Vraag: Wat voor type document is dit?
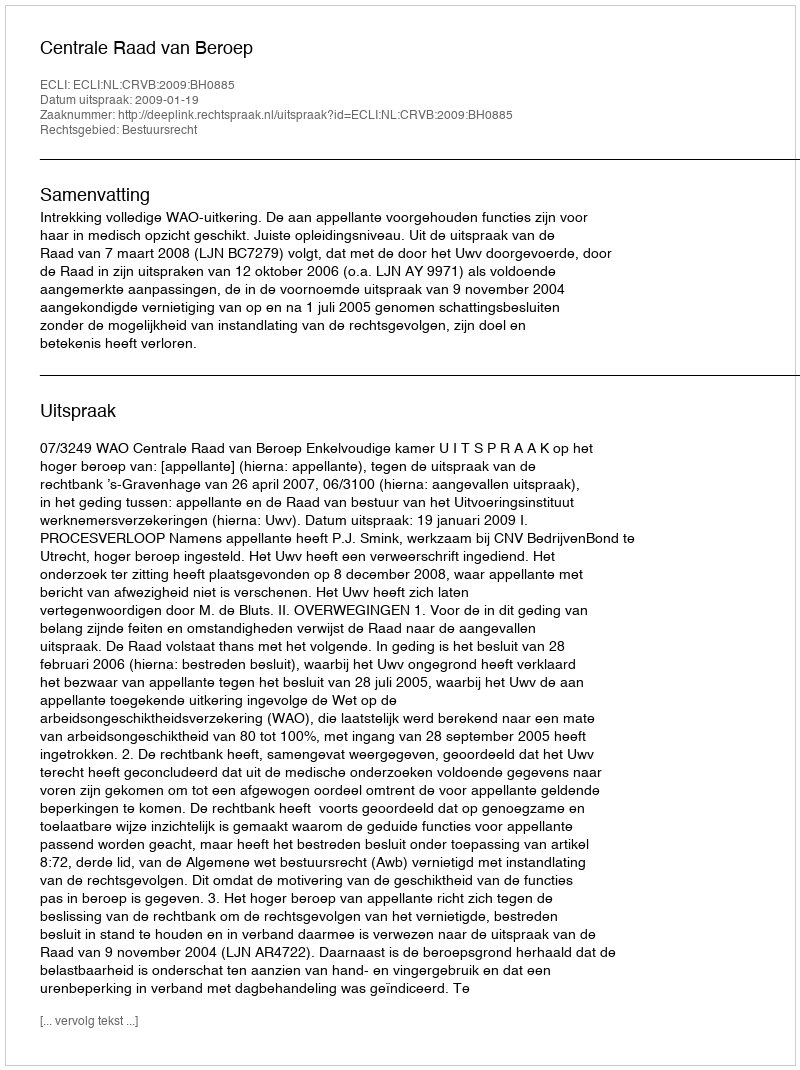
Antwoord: Uitspraak